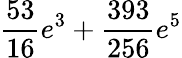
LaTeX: \frac{53}{16}e^{3}+\frac{393}{256}e^{5}